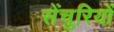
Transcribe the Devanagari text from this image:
सेंचुरियों